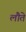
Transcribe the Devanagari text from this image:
लौते